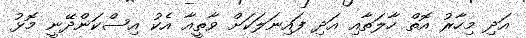
އަދި މިހާރު އޮތް ހާލަތާއި އަދި ފައިނަލަކަށް ވާތީއާ އެކު އިސްކަންދޭނީ މޮޅު